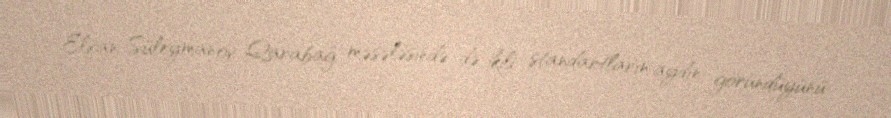
Elxan Süleymanov Qarabağ məsələsində də ikili standartların aydın göründüyünü